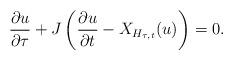
LaTeX: \begin{align*}\frac{\partial u}{\partial \tau}+J\left(\frac{\partial u}{\partial t} - X_{H_{\tau,t}}(u)\right) = 0.\end{align*}